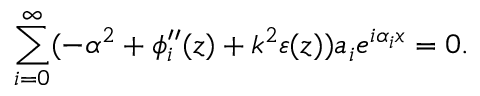
\sum _ { i = 0 } ^ { \infty } ( - \alpha ^ { 2 } + \phi _ { i } ^ { \prime \prime } ( z ) + k ^ { 2 } \varepsilon ( z ) ) a _ { i } e ^ { i \alpha _ { i } x } = 0 .